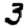
Digit: 3